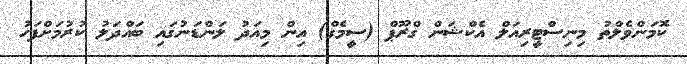
ކޮމަންވެލްތު މިނިސްޓީރިއަލް އެކްޝަން ގްރޫޕް (ސީމެގް) އިން މިއަދު ލަންޑަނުގައި ބައްދަލު ކުރުމަށްފަހު